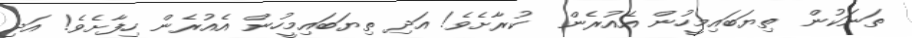
ތަނަކުން ތިޔަބައިމީހުން އެއުރެން  ކުރާށެވެ! އަދި ތިޔަބައިމީހުން އެއުރެން ހިފާށެވެ! އަދި